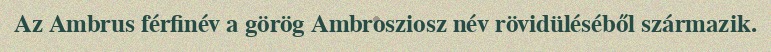
Az Ambrus férfinév a görög Ambrosziosz név rövidüléséből származik.